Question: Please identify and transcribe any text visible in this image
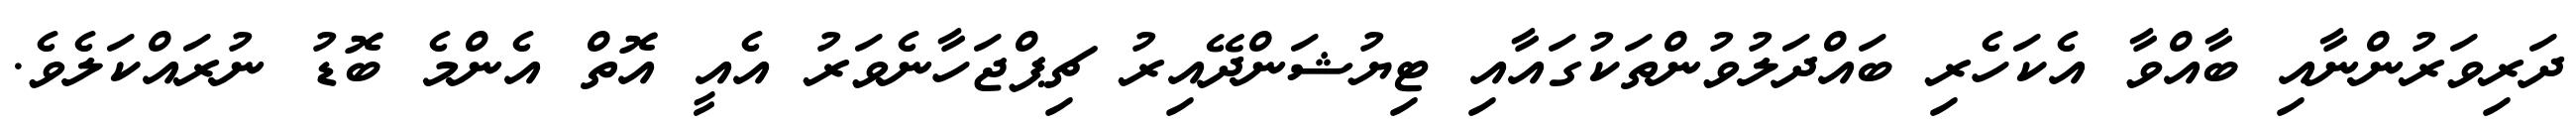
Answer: ދަރިވަރުންނާއި ބާއްވާ އެކަހެރި ބައްދަލުވުންތަކުގައާއި ޓިޔުޝަންދޭއިރު ޗިޕްޖަހާނެވަރު އެއީ އޮތް އެންމެ ބޮޑު ނުރައްކަލެވެ.